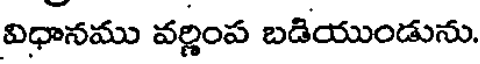
విధానము వర్ణింప బడియుండును.